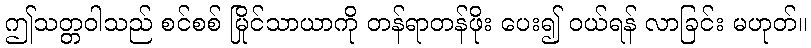
ဤသတ္တဝါသည် စင်စစ် မြိုင်သာယာကို တန်ရာတန်ဖိုး ပေး၍ ဝယ်ရန် လာခြင်း မဟုတ်။